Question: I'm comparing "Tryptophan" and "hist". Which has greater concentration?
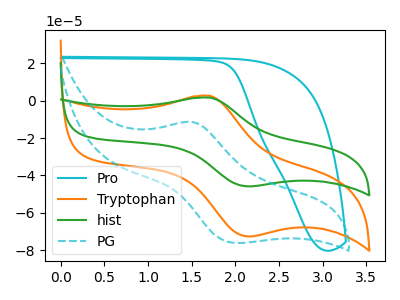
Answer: <think>The cyan curve "Pro" has no peaks. The orange curve "Tryptophan" has an anodic peak at (1.70V, 2.70uA) and a cathodic peak at (2.15V, -72.70uA). The green curve "hist" has an anodic peak at (1.70V, 1.70uA) and a cathodic peak at (2.15V, -45.85uA). The cyan dashed curve "PG" has an anodic peak at (1.50V, -11.40uA) and a cathodic peak at (2.00V, -76.20uA).
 All the peaks in "Tryptophan" have a peak in "hist" at the same potential. Every peak in "Tryptophan" is higher than every peak in "hist".</think>
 <answer>"Tryptophan" has more signal than "hist" and so likely has a higher concentration.</answer>
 <eval>more_concentration</eval>